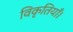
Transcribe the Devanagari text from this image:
विकृतियाँ।